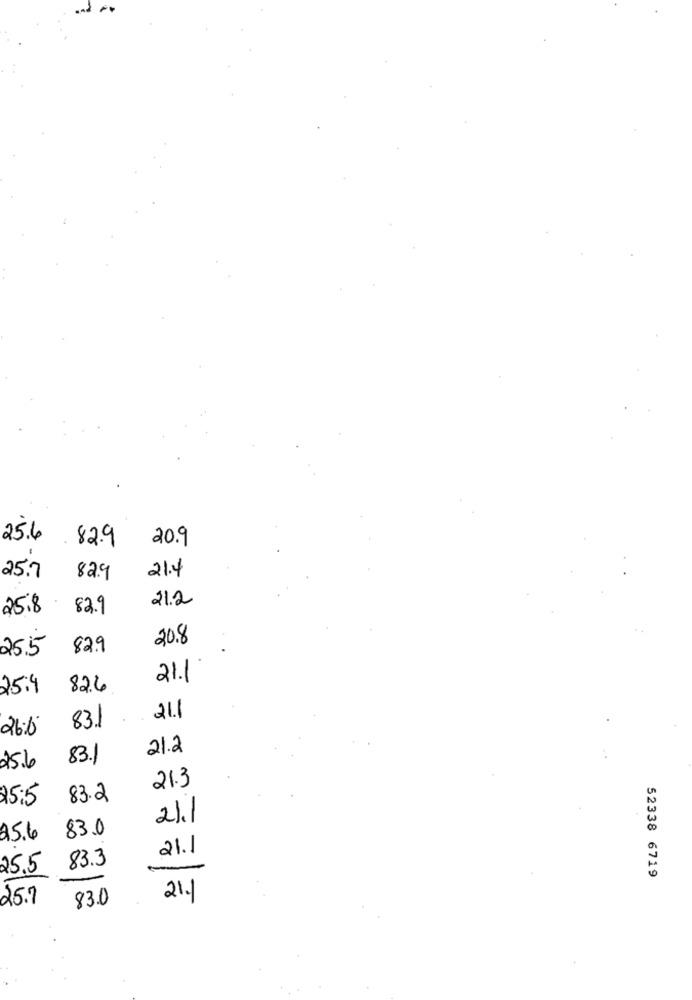
25.6 82.9
20.9
21.4
25.7
82.9
21.2
25.8
82.9
20.8
25.5
82.9
21.1
25.4
82.6
21.1
831
21.2
83.1
25.6
21.3
25;5
83.2
21.1
83.0
25.6
21.1
83.3
25.5
52338 6719
25.7
83.0
211